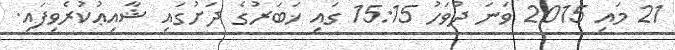
21 މައި 2015 ވަނަ ދުވަހު 15:15 ގައި ޚަބަރުގެ ދަށުގައި ޝާއިޢުކުރެވިފައި.